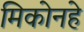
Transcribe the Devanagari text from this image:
मिकोनहे